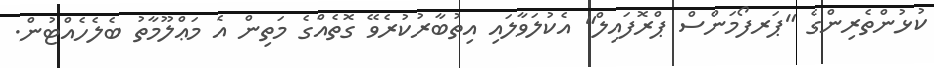
ކުޅުންތެރިންގެ "ޕަރފޯމަންސް ޕްރޮފައިލް" އެކުލަވާލައި އިތުބާރުކުރެވޭ ގޮތެއްގެ މަތިން އެ މަޢްލޫމާތު ބެލެހެއްޓުން.